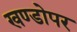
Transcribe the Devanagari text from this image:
खण्डोपर